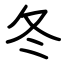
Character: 冬